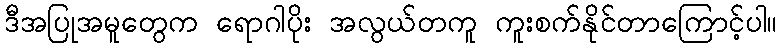
ဒီအပြုအမူတွေက ရောဂါပိုး အလွယ်တကူ ကူးစက်နိုင်တာကြောင့်ပါ။